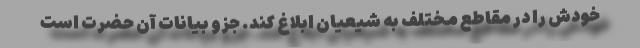
خودش را در مقاطع مختلف به شیعیان ابلاغ کند. جزو بیانات آن حضرت است